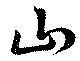
山